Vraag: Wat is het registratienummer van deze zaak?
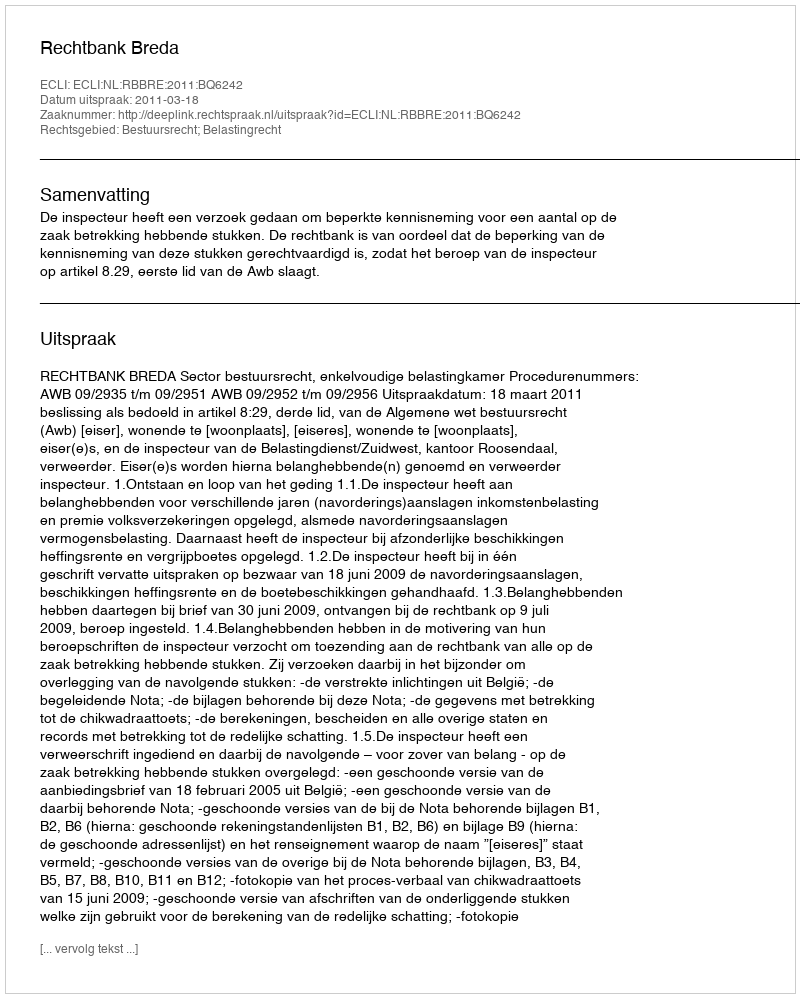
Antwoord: http://deeplink.rechtspraak.nl/uitspraak?id=ECLI:NL:RBBRE:2011:BQ6242